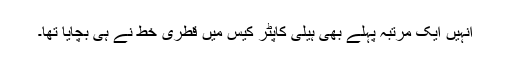
انہیں ایک مرتبہ پہلے بھی ہیلی کاپٹر کیس میں قطری خط نے ہی بچایا تھا۔